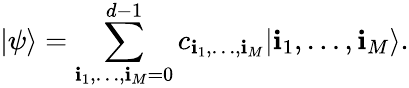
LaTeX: \vert\psi\rangle=\sum_{\mathbf{i}_{1},\dots,\mathbf{i}_{M}=0}^{d-1}c_{\mathbf{i}_{1},\dots,\mathbf{i}_{M}}\vert\mathbf{i}_{1},\dots,\mathbf{i}_{M}\rangle.